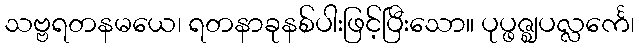
သဗ္ဗရတနမယေ၊ ရတနာခုနစ်ပါးဖြင့်ပြီးသော။ ပုပ္ဖဇ္ဈပလ္လင်္ကေ၊